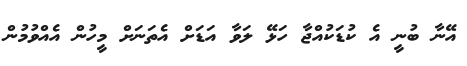
އޭނާ ބުނީ އެ ކުޑަކުއްޖާ ހަޅޭ ލަވާ އަޑަަށް އެތަނަށް މީހުން އެއްވުމުން